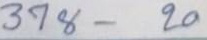
378 - 20